Vaccination in the Punjab 1867-1880 - 1867-1880
Year: 1867
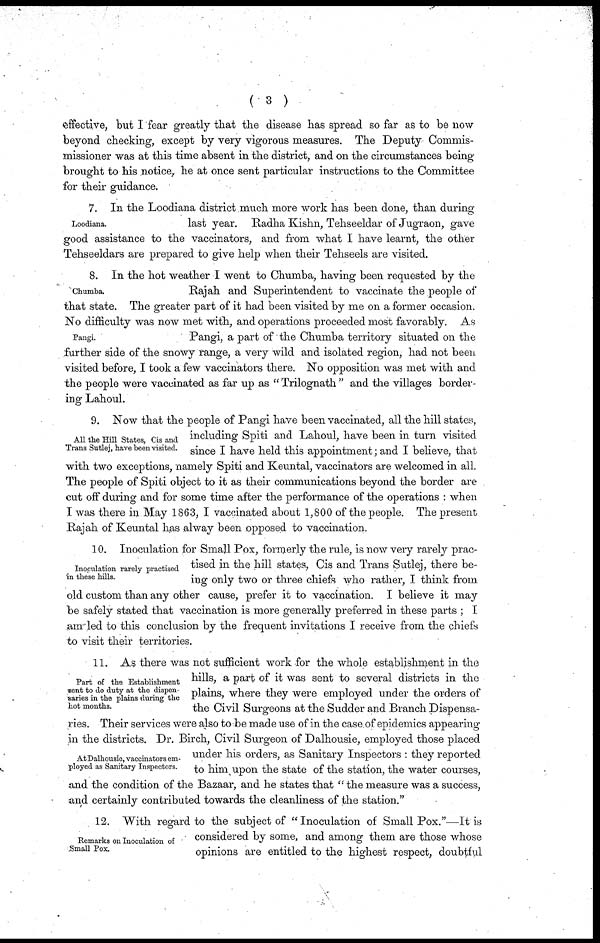
( 3 )
effective, but I fear greatly that the disease has spread so far as to be now
beyond checking, except by very vigorous measures. The Deputy Commis-
missioner was at this time absent in the district, and on the circumstances being-
brought to his notice, he at once sent particular instructions to the Committee
for their guidance.
Loodiana.
7. In the Loodiana district much more work has been done, than during
last year. Radha Kishn, Tehseeldar of Jugraon, gave
good assistance to the vaccinators, and from what I have learnt, the other
Tehseeldars are prepared to give help when their Tehseels are visited.
Chumba.
Pangi.
8. In the hot weather I went to Chumba, having been requested by the
Rajah and Superintendent to vaccinate the people of
that state. The greater part of it had been visited by me on a former occasion.
No difficulty was now met with, and operations proceeded most favorably. As
Pangi, a part of the Chumba territory situated on the
further side of the snowy range, a very wild and isolated region, had not been
visited before, I took a few vaccinators there. No opposition was met with and
the people were vaccinated as far up as "Trilognath" and the villages border-
ing Lahoul.
All the Hill States, Cis and.
Trans Sutlej, have been visited.
9. Now that the people of Pangi have been vaccinated, all the hill states,
including Spiti and Lahoul, have been in turn visited
since I have held this appointment; and I believe, that
with two exceptions, namely Spiti and Keuntal, vaccinators are welcomed in all.
The people of Spiti object to it as their communications beyond the border are
cut off during and for some time after the performance of the operations : when
I was there in May 1863, I vaccinated about 1,800 of the people. The present
Rajah of Keuntal has alway been opposed to vaccination.
Inoculation rarely practised
in these hills.
10. Inoculation for Small Pox, formerly the rule, is now very rarely prac-
tised in the hill states, Cis and Trans Sutlej, there be-
ing only two or three chiefs who rather, I think from
old custom than any other cause, prefer it to vaccination. I believe it may
be safely stated that vaccination is more generally preferred in these parts; I
am led to this conclusion by the frequent invitations I receive from the chiefs
to visit their territories.
Part of the Establishment
sent to do duty at the dispen-
saries in the plains during the
hot months.
At Dalhousie, vaccinators em-
ployed as Sanitary Inspectors.
11. As there was not sufficient work for the whole establishment in the
hills, a part of it was sent to several districts in the
plains, where they were employed under the orders of
the Civil Surgeons at the Sudder and Branch Dispensa-
ries. Their services were also to be made use of in the case of epidemics appearing
in the districts. Dr. Birch, Civil Surgeon of Dalhousie, employed those placed
under his orders, as Sanitary Inspectors : they reported
to him upon the state of the station, the water courses,
and the condition of the Bazaar, and he states that "the measure was a success,
and certainly contributed towards the cleanliness of the station."
Remarks on Inoculation of
Small Pox.
12. With regard to the subject of "Inoculation of Small Pox."—It is
considered by some, and among them are those whose
opinions are entitled to the highest respect, doubtful